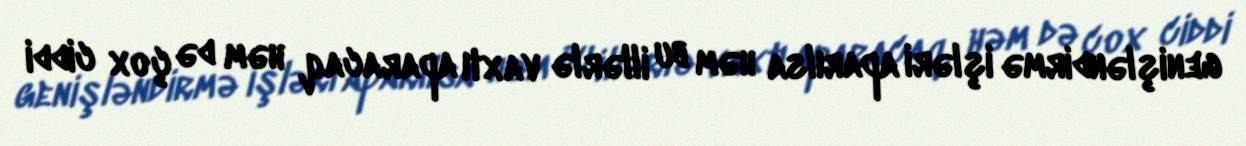
genişləndirmə işləri aparılsa həm bu illərlə vaxtı aparacaq, həm də çox ciddi